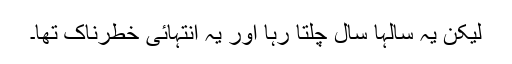
لیکن یہ سالہا سال چلتا رہا اور یہ انتہائی خطرناک تھا۔